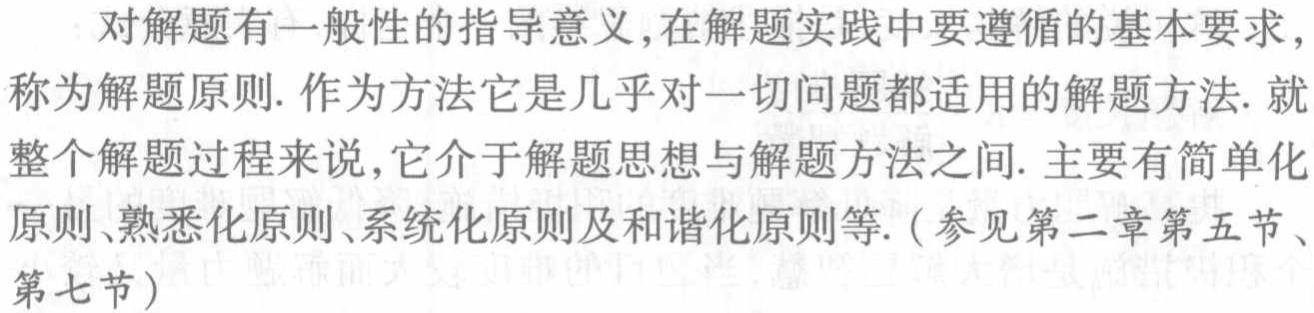
对解题有一般性的指导意义,在解题实践中要遵循的基本要求，称为解题原则. 作为方法它是几乎对一切问题都适用的解题方法. 就整个解题过程来说,它介于解题思想与解题方法之间. 主要有简单化原则、熟悉化原则、系统化原则及和谐化原则等.（参见第二章第五节、第七节）